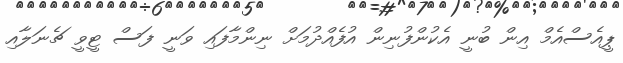
ޕީއެސްއެމް އިން ބުނީ އެކުންފުނިން އުފެއްދުމަށް ނިންމާފައި ވަނީ ފަސް ޓީވީ ޗެނަލާއި